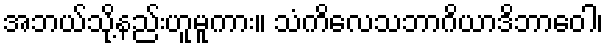
အဘယ်သို့နည်းဟူမူကား။ သံကိလေသဘာဂိယာဒိဘာဝေါ၊